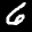
Label: 6